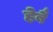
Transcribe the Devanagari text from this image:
हेबै